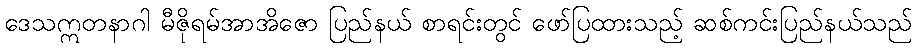
ဒေသဣတနာဂါ မီဇိုရမ်အာအိဇော ပြည်နယ် စာရင်းတွင် ဖော်ပြထားသည့် ဆစ်ကင်းပြည်နယ်သည်